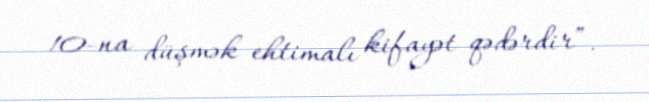
10-na düşmək ehtimalı kifayət qədərdir”.